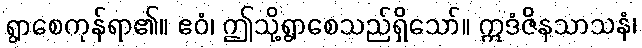
ရွာစေကုန်ရာ၏။ ဧဝံ၊ ဤသို့ရွာစေသည်ရှိသော်။ ဣဒံဇိနသာသနံ၊